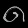
Digit: ၈